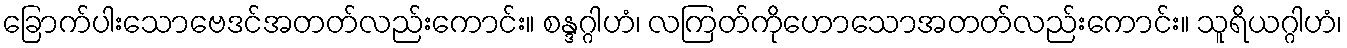
ခြောက်ပါးသောဗေဒင်အတတ်လည်းကောင်း။ စန္ဒဂ္ဂါဟံ၊ လကြတ်ကိုဟောသောအတတ်လည်းကောင်း။ သူရိယဂ္ဂါဟံ၊